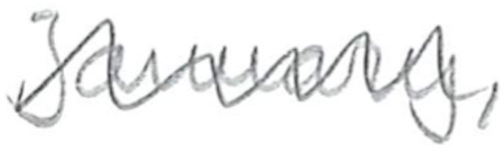
Text: January
Cross-out: wave
Writing tool: pencil